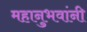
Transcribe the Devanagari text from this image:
महानुभवांनी